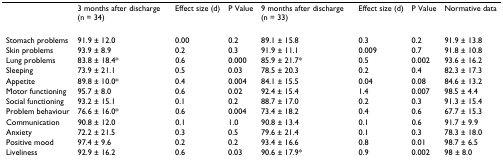
<table><thead><tr><td></td><td><b>3 months after discharge (n = 34)</b></td><td><b>Effect size (d)</b></td><td><b>P Value</b></td><td><b>9 months after discharge (n = 33)</b></td><td><b>Effect size (d)</b></td><td><b>P Value</b></td><td><b>Normative data</b></td></tr></thead><tbody><tr><td>Stomach problems</td><td>91.9 ± 12.0</td><td>0.00</td><td>0.2</td><td>89.1 ± 15.8</td><td>0.3</td><td>0.2</td><td>91.9 ± 13.8</td></tr><tr><td>Skin problems</td><td>93.9 ± 8.9</td><td>0.2</td><td>0.3</td><td>91.9 ± 11.1</td><td>0.009</td><td>0.7</td><td>91.8 ± 10.8</td></tr><tr><td>Lung problems</td><td>83.8 ± 18.4*</td><td>0.6</td><td>0.000</td><td>85.9 ± 21.7*</td><td>0.5</td><td>0.002</td><td>93.6 ± 16.2</td></tr><tr><td>Sleeping</td><td>73.9 ± 21.1</td><td>0.5</td><td>0.03</td><td>78.5 ± 20.3</td><td>0.2</td><td>0.4</td><td>82.3 ± 17.3</td></tr><tr><td>Appetite</td><td>89.8 ± 10.0*</td><td>0.4</td><td>0.004</td><td>84.1 ± 15.5</td><td>0.04</td><td>0.08</td><td>84.6 ± 13.2</td></tr><tr><td>Motor functioning</td><td>95.7 ± 8.0</td><td>0.6</td><td>0.02</td><td>92.4 ± 15.4</td><td>1.4</td><td>0.007</td><td>98.5 ± 4.4</td></tr><tr><td>Social functioning</td><td>93.2 ± 15.1</td><td>0.1</td><td>0.2</td><td>88.7 ± 17.0</td><td>0.2</td><td>0.3</td><td>91.3 ± 15.4</td></tr><tr><td>Problem behaviour</td><td>76.6 ± 16.0*</td><td>0.6</td><td>0.004</td><td>73.4 ± 18.2</td><td>0.4</td><td>0.6</td><td>67.7 ± 15.3</td></tr><tr><td>Communication</td><td>90.8 ± 12.0</td><td>0.1</td><td>1.0</td><td>90.8 ± 13.4</td><td>0.1</td><td>0.6</td><td>91.7 ± 9.9</td></tr><tr><td>Anxiety</td><td>72.2 ± 21.5</td><td>0.3</td><td>0.5</td><td>79.6 ± 21.4</td><td>0.1</td><td>0.3</td><td>78.3 ± 18.0</td></tr><tr><td>Positive mood</td><td>97.4 ± 9.6</td><td>0.2</td><td>0.2</td><td>93.4 ± 16.6</td><td>0.8</td><td>0.01</td><td>98.7 ± 6.5</td></tr><tr><td>Liveliness</td><td>92.9 ± 16.2</td><td>0.6</td><td>0.03</td><td>90.6 ± 17.9*</td><td>0.9</td><td>0.002</td><td>98 ± 8.0</td></tr></tbody></table>